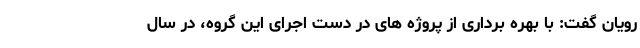
رویان گفت: با بهره برداری از پروژه های در دست اجرای این گروه، در سال